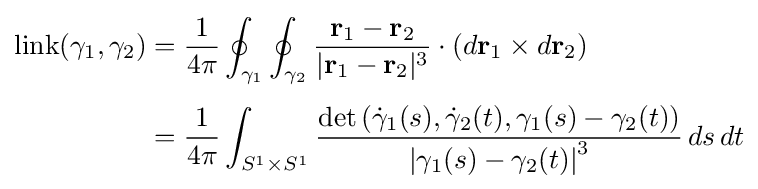
{\begin{aligned}\operatorname {link} (\gamma _{1},\gamma _{2})&={\frac {1}{4\pi }}\oint _{\gamma _{1}}\oint _{\gamma _{2}}{\frac {\mathbf {r} _{1}-\mathbf {r} _{2}}{|\mathbf {r} _{1}-\mathbf {r} _{2}|^{3}}}\cdot (d\mathbf {r} _{1}\times d\mathbf {r} _{2})\\[4pt]&={\frac {1}{4\pi }}\int _{S^{1}\times S^{1}}{\frac {\det \left({\dot {\gamma }}_{1}(s),{\dot {\gamma }}_{2}(t),\gamma _{1}(s)-\gamma _{2}(t)\right)}{\left|\gamma _{1}(s)-\gamma _{2}(t)\right|^{3}}}\,ds\,dt\end{aligned}}